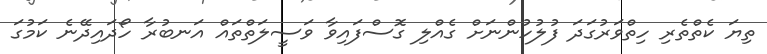
ތިޔަ ކެތްތެރި ހިތްވަރުގަދަ ފުލުހުންނަށް ގެއްލި ގޮސްފައިވާ ވަސީލަތްތައް އަނބުރާ ހޯދައިދޭނެ ކަމުގަ